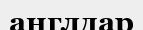
англдар